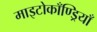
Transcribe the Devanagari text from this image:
माइटोकाँण्ड्रियाँ